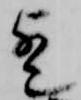
歟